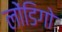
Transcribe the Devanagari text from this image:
लोंडिगो